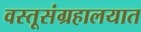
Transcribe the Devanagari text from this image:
वस्तूसंग्रहालयात